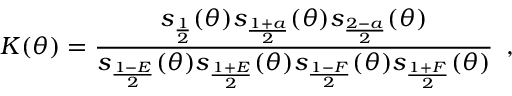
K ( \theta ) = \frac { s _ { \frac { 1 } { 2 } } ( \theta ) s _ { \frac { 1 + a } { 2 } } ( \theta ) s _ { \frac { 2 - a } { 2 } } ( \theta ) } { s _ { \frac { 1 - E } { 2 } } ( \theta ) s _ { \frac { 1 + E } { 2 } } ( \theta ) s _ { \frac { 1 - F } { 2 } } ( \theta ) s _ { \frac { 1 + F } { 2 } } ( \theta ) } \, \, \, ,